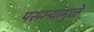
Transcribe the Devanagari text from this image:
पसाऱ्यामुळे